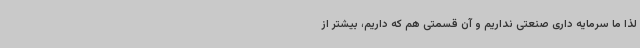
لذا ما سرمایه داری صنعتی نداریم و آن قسمتی هم که داریم، بیشتر از